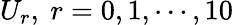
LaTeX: U_{r},~r=0,1,\cdots,10